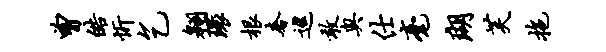
曾皓忻乞翱环根奢巡敢奥仕毫瑚芙拖